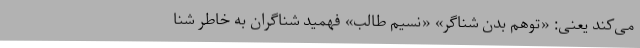
می‌کند یعنی: «توهم بدن شناگر» «نسیم طالب» فهمید شناگران به‌ خاطر شنا